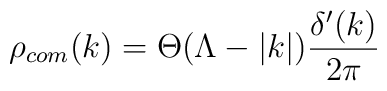
\rho _{com}(k)=\Theta (\Lambda -|k|)\frac{\delta '(k)}{2\pi }